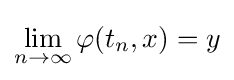
\lim _{n\to \infty }\varphi (t_{n},x)=y